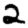
Digit: 2